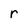
Character: r